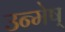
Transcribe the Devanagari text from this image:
उन्मेष्